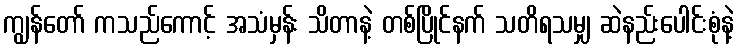
ကျွန်တော် ကသည်ကောင့် အသံမှန်း သိတာနဲ့ တစ်ပြိုင်နက် သတိရသမျှ ဆဲနည်းပေါင်းစုံနဲ့